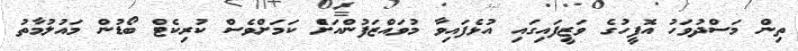
ތިން މަސްދުވަހު އޮފީހުގެ ވަޒީފައިގައި އުޅެފައިވާ މުވައްޒަފުންއަށެް ކަަމަށްވެސް ކުރިކެޓް ބޯޑުން މައުލުމާތު